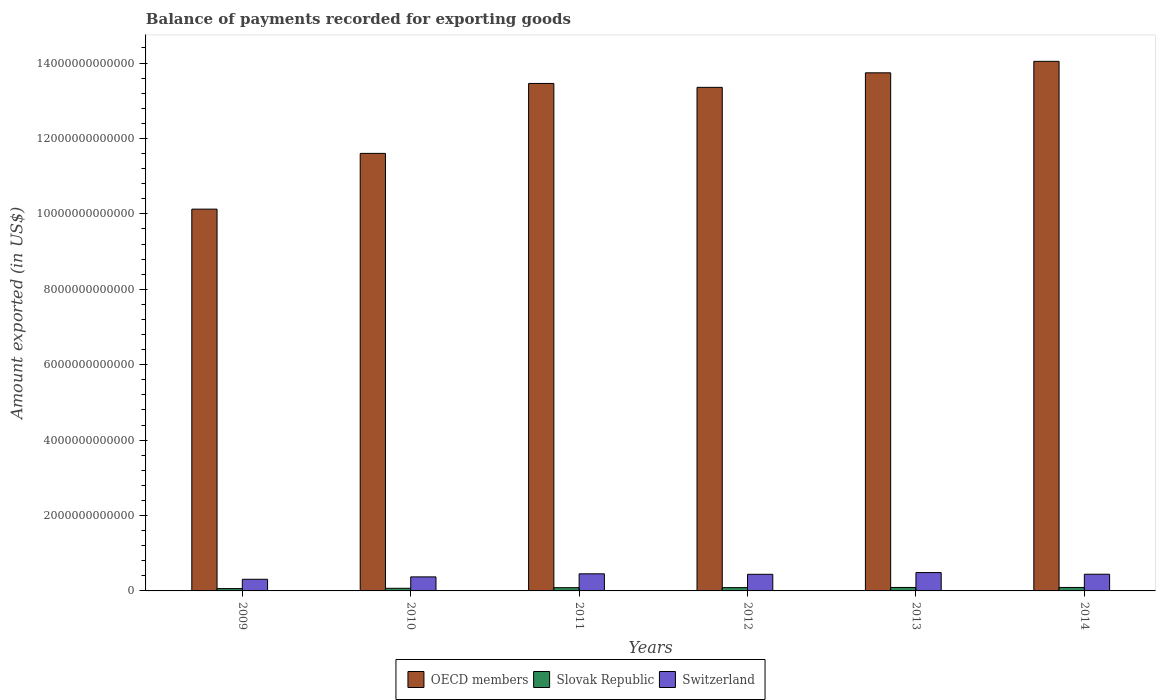
| Years | OECD members | Slovak Republic | Switzerland |
 | --- | --- | --- | --- |
 | 2009 | 1.01e+13 | 6.18e+10 | 3.09e+11 |
 | 2010 | 1.16e+13 | 6.98e+10 | 3.72e+11 |
 | 2011 | 1.35e+13 | 8.58e+10 | 4.54e+11 |
 | 2012 | 1.34e+13 | 8.78e+10 | 4.4e+11 |
 | 2013 | 1.37e+13 | 9.19e+10 | 4.87e+11 |
 | 2014 | 1.4e+13 | 9.19e+10 | 4.43e+11 |